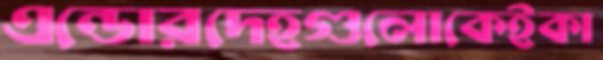
এন্ডোরদেহগুলোকেইকা